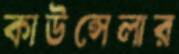
কাউন্সেলার